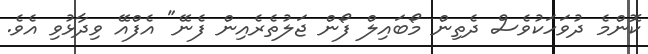
ކޮންމެ ދުވަހަކުވެސް ދެތިން މޯބައިލް ފޯން ޖަލުތެރެއިން ފެނޭ" އެފްއޭ ވިދާޅުވި އެވެ.